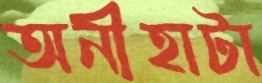
অনীহাটা